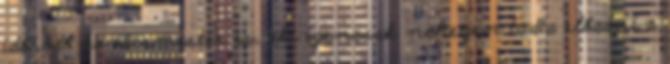
idősödő kovácsmester is, aki igencsak nehezen tudta előadni a